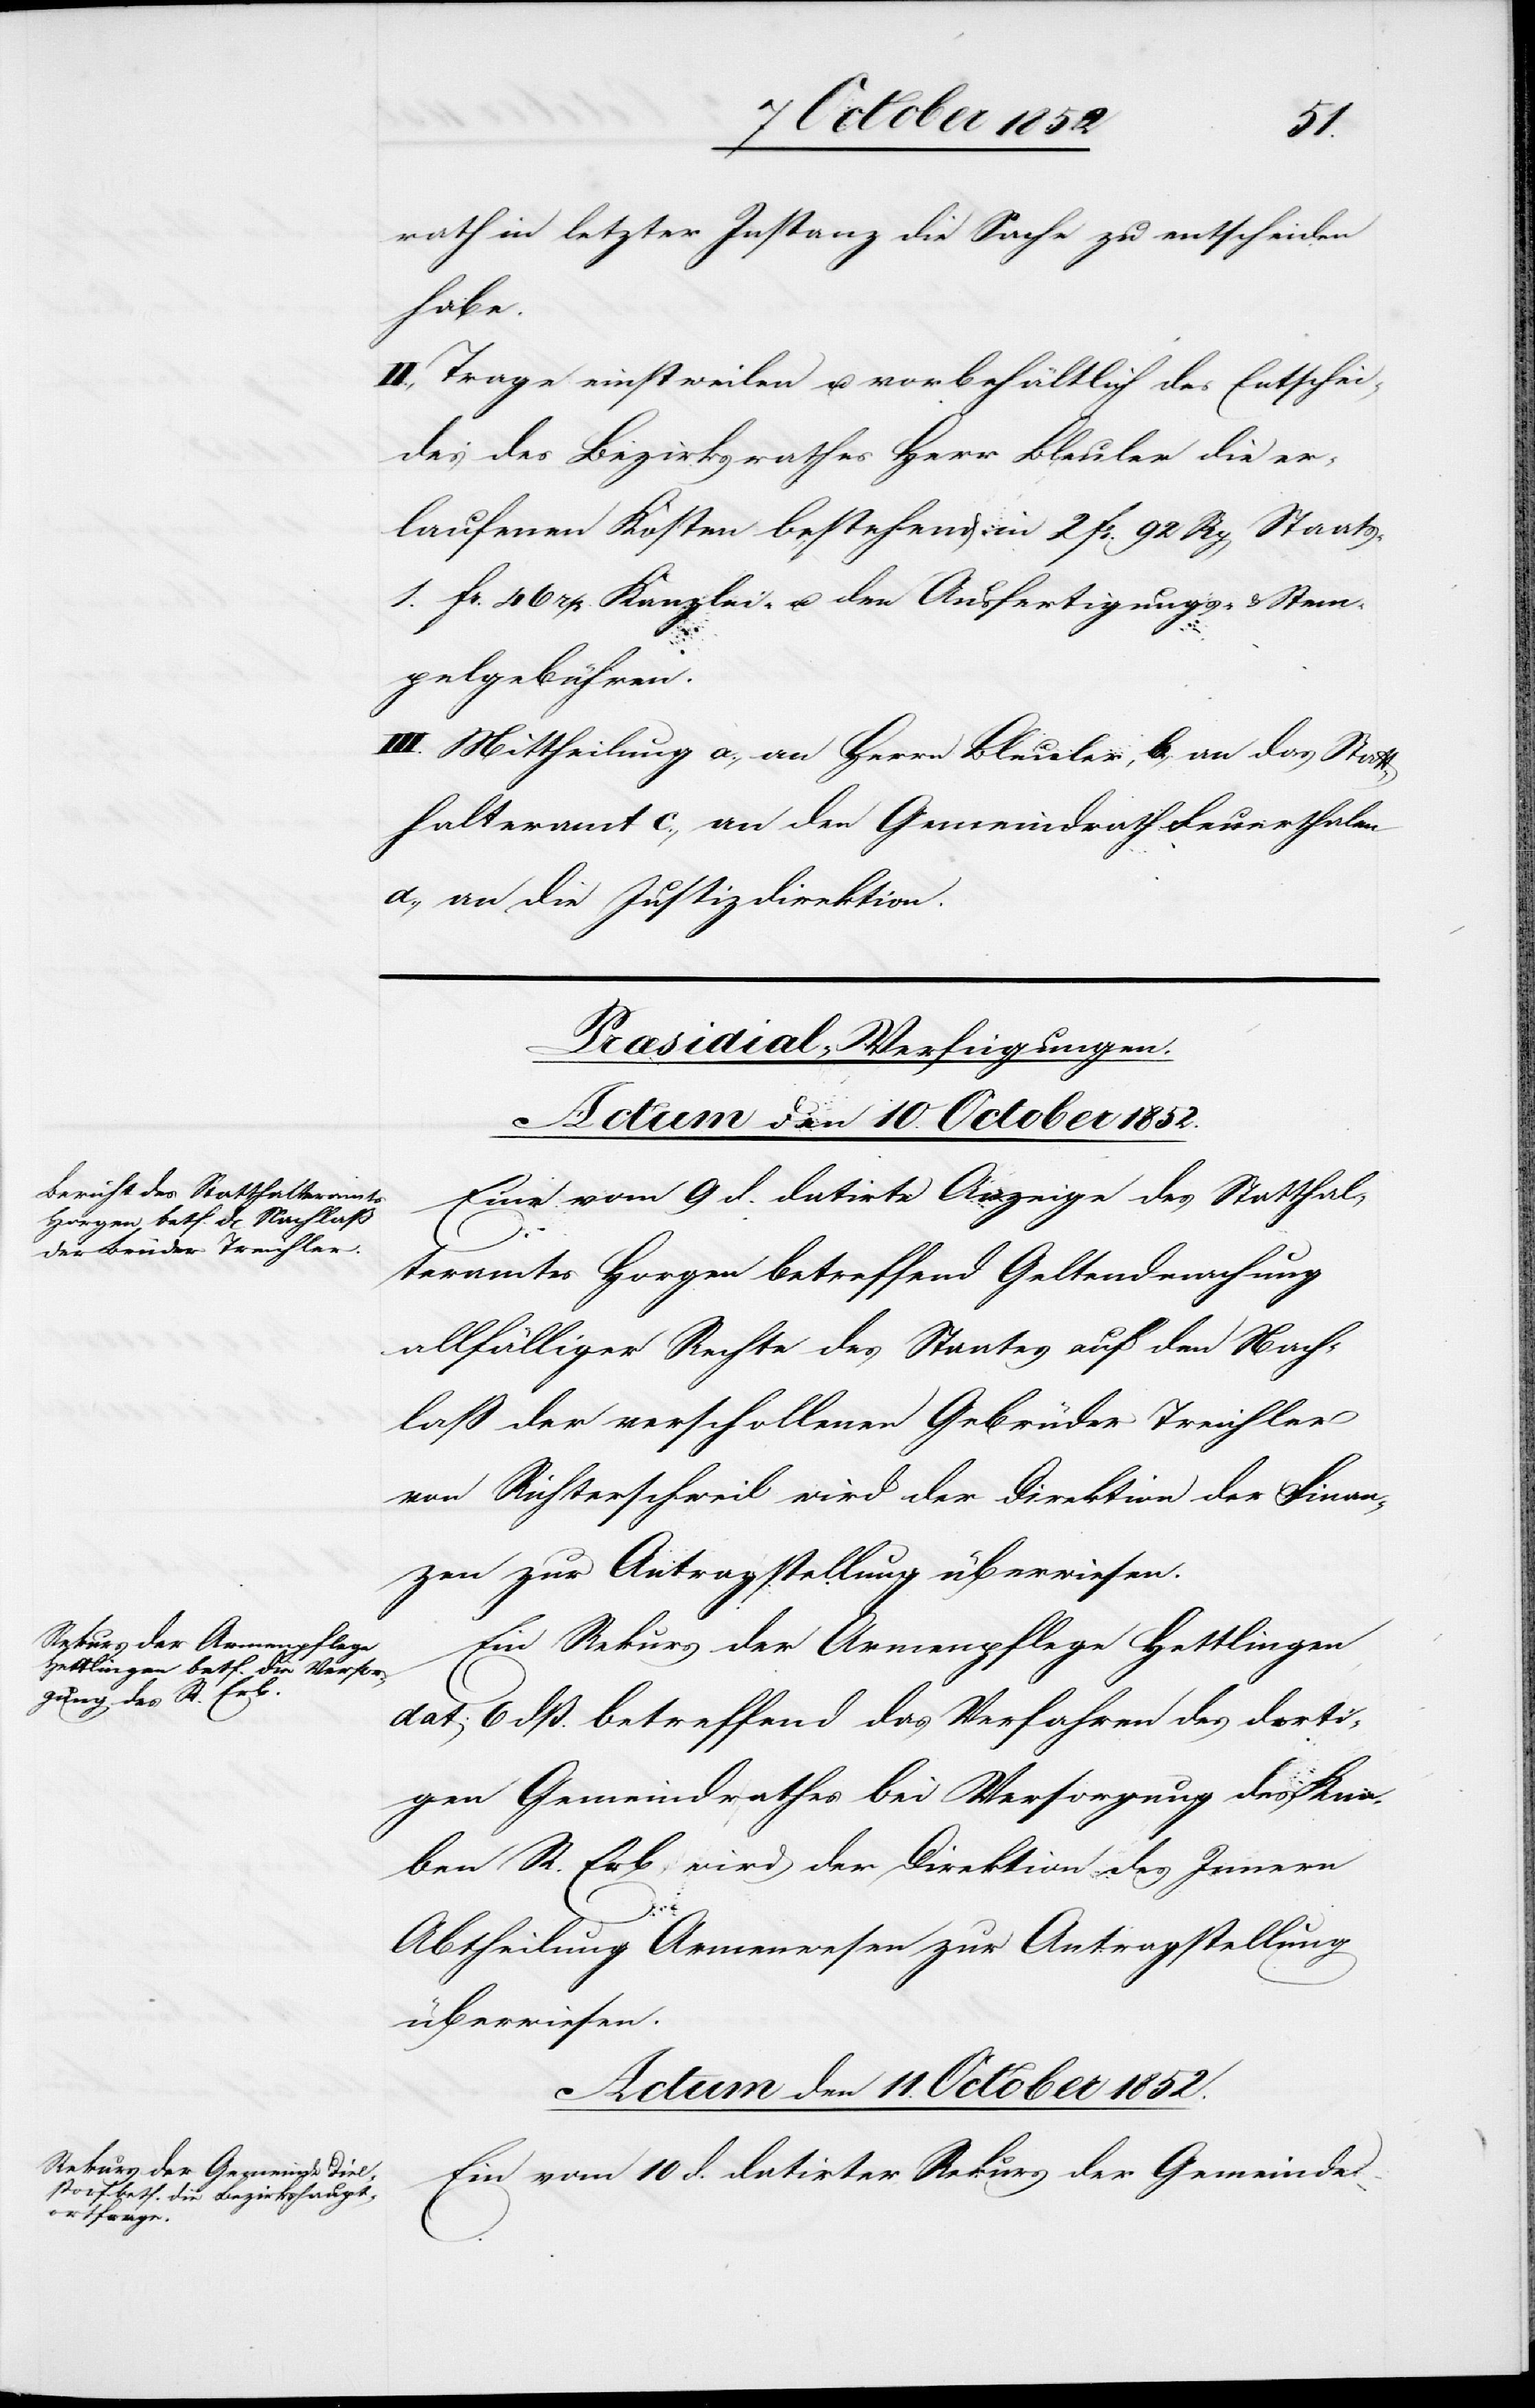
rath letzter Instanz die Sache zu entscheiden
habe.
II., Trage einstweilen u. vorbehältlich des Entschei¬
des des Bezirksrathes Herr Bleuler die er¬
laufenen Kosten bestehend in 2 Fr. 92 Rp Staats-[,]
1. Fr. 46 rp. Kanzlei- u. den Ausfertigungs- & Stem¬
pelgebühren.
III. Mittheilung a., an Herrn Bleuler, b., an das Statt¬
halteramt c., an den Gemeindrath Feuerthalen
d., an die Justizdirektion.
[Præsidial-Verfügungen.]
Eine vom 9 d. datirte Anzeige des Statthal¬
teramtes Horgen betreffend Geltendmachung
allfälliger Rechte des Staates auf den Nach¬
laß der verschollenen Gebrüder Treichler
von Richterschweil wird der Direktion der Finan¬
zen zur Antragstellung überwiesen.
Ein Rekurs der Armenpflege Hettlingen
dat: 6 dß. betreffend das Verfahren des dorti¬
gen Gemeindrathes bei Versorgung des Kna¬
ben R. Erb, wird der Direktion des Innern
Abtheilung Armenwesen zur Antragstellung
überwiesen.
Actum den 11. October 1852.
Ein vom 10 d. datirter Rekurs der Gemeinde